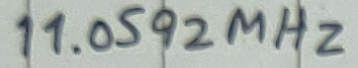
Text: 11.0592MHz